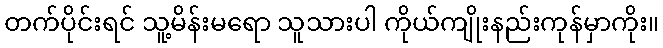
တက်ပိုင်းရင် သူ့မိန်းမရော သူသားပါ ကိုယ်ကျိုးနည်းကုန်မှာကိုး။